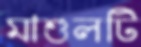
মাশুলটি